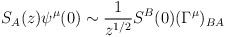
\begin{align*}S_A(z)\psi^\mu(0)\sim {\frac{1}{ z^{1/2}}}S^{B}(0)(\Gamma^\mu)_{BA}\end{align*}